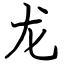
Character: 龙